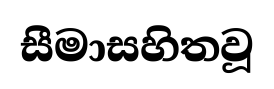
සීමාසහිතවූ